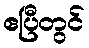
ဧပြီတွင်